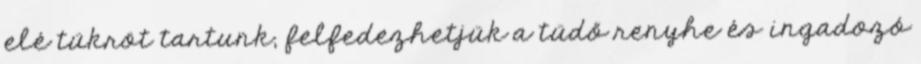
elé tükröt tartunk, felfedezhetjük a tüdő renyhe és ingadozó